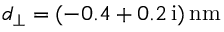
d _ { \perp } = ( - 0 . 4 + 0 . 2 \, \mathrm { i } ) \, \mathrm { n m }